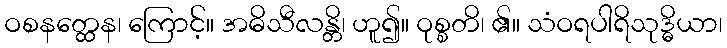
ဝစနတ္ထေန၊ ကြောင့်။ အဓိသီလန္တိ၊ ဟူ၍။ ဝုစ္စတိ၊ ၏။ သံဝရပါရိသုဒ္ဓိယာ၊